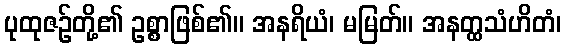
ပုထုဇဉ်တို့၏ ဥစ္စာဖြစ်၏။ အနရိယံ၊ မမြတ်။ အနတ္ထသံဟိတံ၊